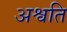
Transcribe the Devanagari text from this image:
अश्वति